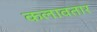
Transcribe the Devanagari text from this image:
कलावतार